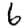
Digit: 6